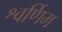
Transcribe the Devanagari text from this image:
श्वर्णिम